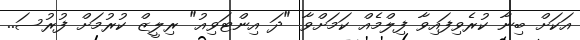
އަކަށް ބިނާ ކުރެވިފައިވާ ފިލްމެއް ކަމަށްވާ "ދަ އިންޓަވިއު" ރިލީޒް ކުރުމަށް ފުރުސަ..